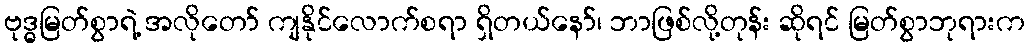
ဗုဒ္ဓမြတ်စွာရဲ့ အလိုတော် ကျနိုင်လောက်စရာ ရှိတယ်နော်၊ ဘာဖြစ်လို့တုန်း ဆိုရင် မြတ်စွာဘုရားက